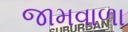
જામવાળા